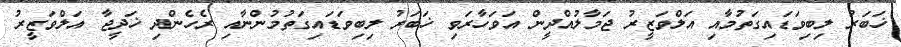
ޚަބަރު ލިބިވަޑައިގަތުމާއި އަލްވަޒީރު ޖަމާލުއްދީން އަވަހާރަވި ޚަބަރު ލިބިވަޑައިގަތުމުންނާއި ރެހެންދި ޚަދީޖާ އަލްވަޒީރު